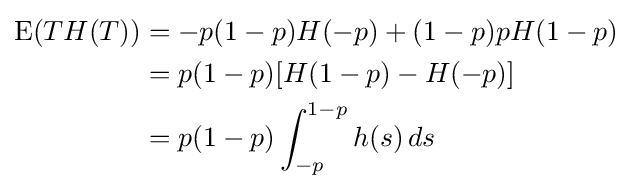
{\begin{aligned}\operatorname {E} (TH(T))&=-p(1-p)H(-p)+(1-p)pH(1-p)\\&=p(1-p)[H(1-p)-H(-p)]\\&=p(1-p)\int _{-p}^{1-p}h(s)\,ds\end{aligned}}